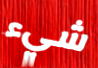
شيء